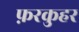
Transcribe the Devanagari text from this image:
फ़रकुहर